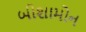
બીશામોન